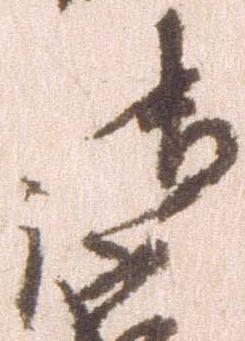
御